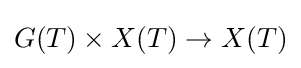
G(T)\times X(T)\to X(T)